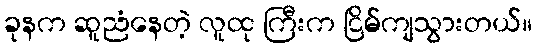
ခုနက ဆူညံနေတဲ့ လူထု ကြီးက ငြိမ်ကျသွားတယ်။